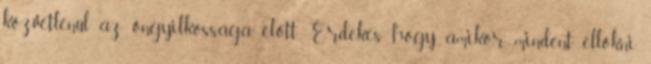
közvetlenül az öngyilkossága előtt. Érdekes, hogy amikor mindent ellökni